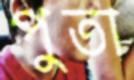
পুতা